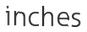
inches